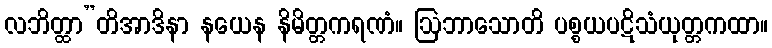
လဘိတ္ထာ”တိအာဒိနာ နယေန နိမိတ္တကရဏံ။ ဩဘာသောတိ ပစ္စယပဋိသံယုတ္တကထာ။